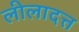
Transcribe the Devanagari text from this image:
लीलादत्त